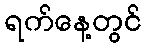
ရက်နေ့တွင်